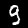
Digit: 9